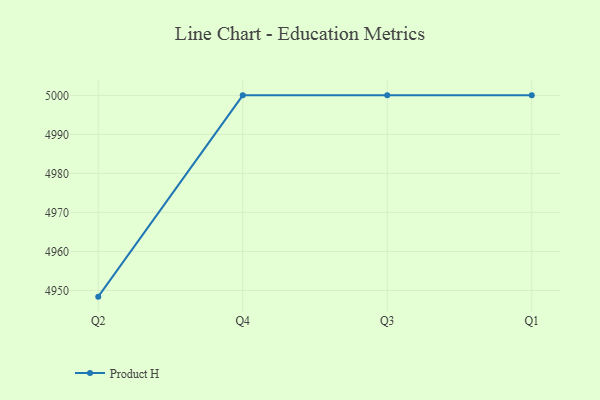
{"axis": {"x": "Quarter", "y": "Budget (USD K)"}, "legend": ["Product H"], "data": [{"x": "Q2", "y": 4948.4, "type": "Product H"}, {"x": "Q4", "y": 5000, "type": "Product H"}, {"x": "Q3", "y": 5000, "type": "Product H"}, {"x": "Q1", "y": 5000, "type": "Product H"}]}